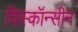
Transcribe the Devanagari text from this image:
विस्कॉन्सीन